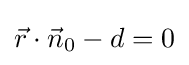
{\vec {r}}\cdot {\vec {n}}_{0}-d=0